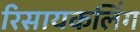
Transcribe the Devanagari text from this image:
रिसायकलिंग